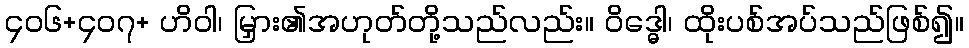
၄၀၆+၄၀၇+ ဟိဝါ၊ မြှား၏အဟုတ်တို့သည်လည်း။ ဝိဒ္ဓေါ၊ ထိုးပစ်အပ်သည်ဖြစ်၍။